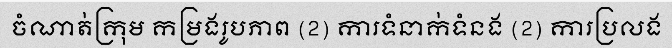
ចំណាត់ក្រុម កម្រងរូបភាព (2) ការទំនាក់ទំនង (2) ការប្រលង